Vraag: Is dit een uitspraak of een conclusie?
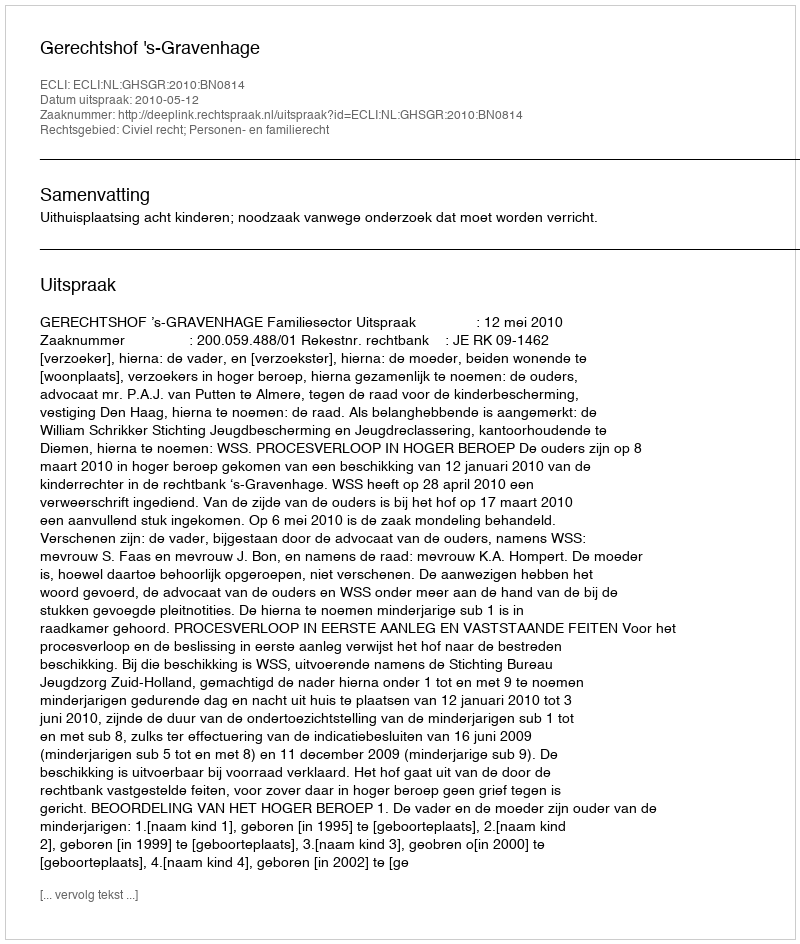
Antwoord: Uitspraak